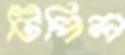
টিপিল